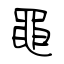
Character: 黽